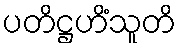
ပတိဋ္ဌဟိံသူတိ